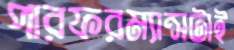
পারফরম্যান্সটাই